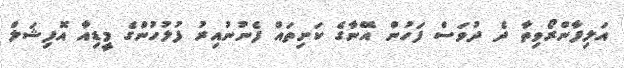
އަލިފާންރޯވިތާ ދެ ދުވަސް ފަހުން އޭނާގެ ކަށިތައް ފެނުނުއިރު ފުލުހުންގެ މީޑިއާ އޮފިޝަލް